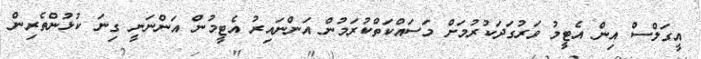
އީގަލްސް އިން އެޓީމު ވަރުގަދަކުރުމަށް މަސައްކަތްކުރަމުން އަންނައިރު އެޓީމުން އަންނަނީ ގިނަ ކުޅުންތެރިން